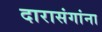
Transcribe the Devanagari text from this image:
दारासंगांना